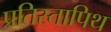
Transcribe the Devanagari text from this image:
प्रतिस्तापिथ